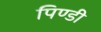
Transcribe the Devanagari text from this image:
पिण्डी